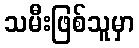
သမီးဖြစ်သူမှာ